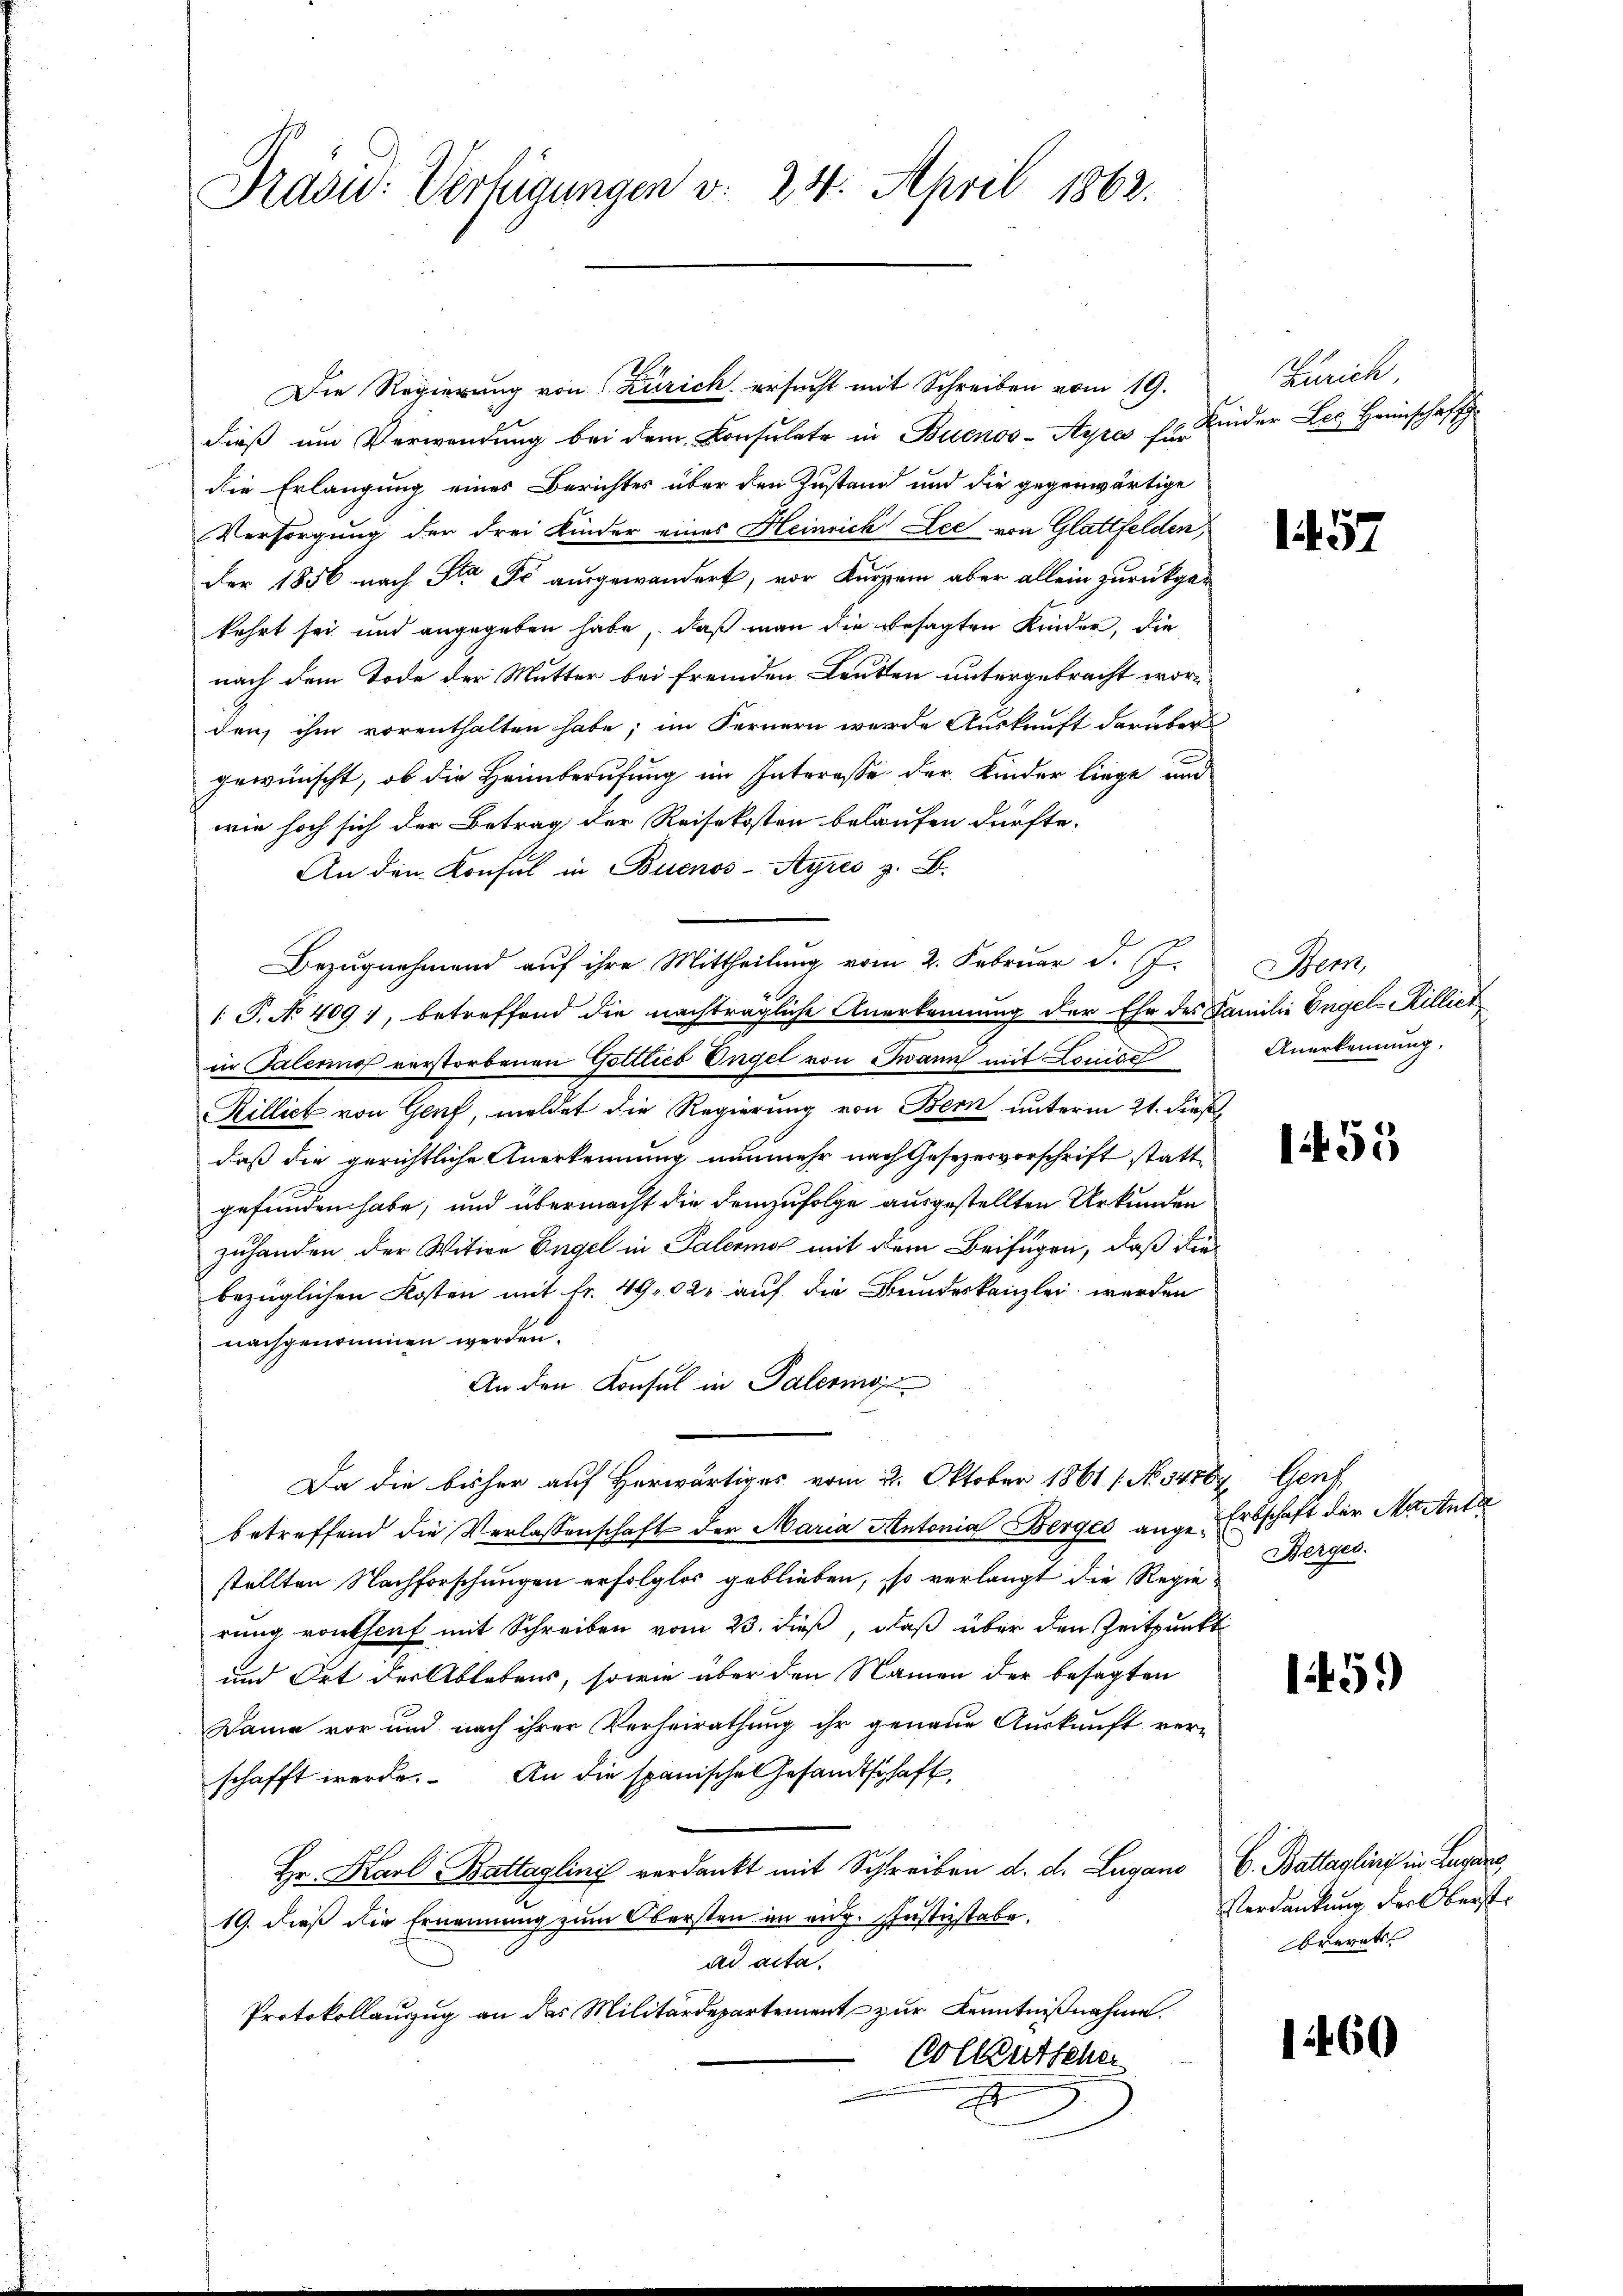
Drasu: Verfügungen v. 24. April 1862.

Die Regierung von Zürich ersucht mit Schreiben vom 19.
dieß um Verwendung bei dem Consulate in Buenos-Ayres für
die Erlangung eines Berichtes über den Zustand und die gegenwärtige
Versorgung der drei Kinder eines Heinrich Lee von Glattfelden,
Der 1856 nach Sta Er ausgewandert, von Kurzem aber allein zurückgekehrt sei und angegeben habe, daß man die besagten Kinder, die
nach dem Tode der Mutter bei fremden Leuten untergebracht worden, ihm vorenthalten habe; im Fernern wurde Auskunft darüber
gewünscht, ob die Heimberufung im Interesse der Kinder liege und
wie hoch sich der Betrag der Reisekosten belaufen dürfte.
An den Konsul in Buenos-Ayres z. B.
Bezugnehmend auf ihre Mittheilung vom 2. Februar d. J.
 P. No 409 1, betreffend die nachträgliche Anerkennung der Ehe des Familie Engel Milliet
in Talenne verstorbenen Gottlieb Engel von Twann mit Lampel
Rillict von Genf, meldet die Regierung von Bern unterm 21. dies
daß die gerichtliche Anerkennung nunmehr nach Gesezesvorschrift stattgefunden habe, und übermacht die demzufolge ausgestellten Urkunden
zuhanden der Witwe Engel in Palermo mit dem Beifügen, daß die
bezüglichen Kosten mit fr. 4902, auf die Bundeskanzlei werden
nachgenommen werden.
An den Konsul in Palerisie
Da die bisher auf Herwärtiges vom 2. Oktober 1861 [No syrer Genf
betreffend die Verlassenschaft der Maria Antonial Berger angestellten Nachforschungen erfolglos geblieben, so verlangt die Regie Bergen.
rung vontsauf mit Schreiben vom 23. dieß, daß über den Zeitpunkt
und Ort der Ablebens, sowie über den Namen der besagten
Dame vor und nach ihrer Verheirathung ihr genaue Auskunft ver-
schafft werde. An die spanische Gesandtschaft,
Hr. Karl Battaglinis verdankt mit Schreiben d. d. Lugano
19. dieß die Ernennung zum Obersten an eidg. Justizstabe
ad acta.
Protokollauszug an das Militärdepartement zur Kenntnißnahme.
Vollentsche
t

Zürich,
inder Les Heimschäftig

1457

Bem,
Anerkennung.

E

155

Erbschaft der Mante

1459

C. Battasling in Lugang
Verdankung der Oberst
brevets

160